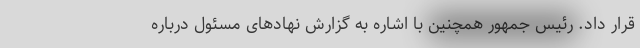
قرار داد. رئیس جمهور همچنین با اشاره به گزارش نهادهای مسئول درباره